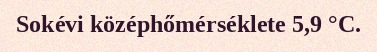
Sokévi középhőmérséklete 5,9 °C.